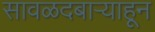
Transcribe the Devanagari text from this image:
सावळदबार्‍याहून